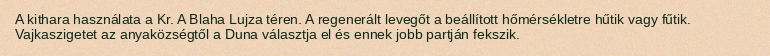
A kithara használata a Kr. A Blaha Lujza téren. A regenerált levegőt a beállított hőmérsékletre hűtik vagy fűtik. Vajkaszigetet az anyaközségtől a Duna választja el és ennek jobb partján fekszik.